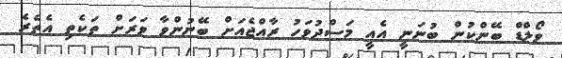
ވޯލްޑް ބޭންކުން ބުނަނީ އެއީ މަސްދުވަހު ރާއްޖެއަށް ބޭނުންވާ ވަރަށް ތަކެތި އެތެރެ